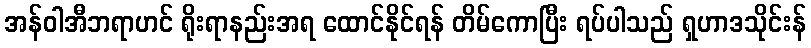
အန်ဝါအီဘရာဟင် ရိုးရာနည်းအရ ထောင်နိုင်ရန် တိမ်ကောပြီး ရပ်ပါသည် ရှဟာဒသိုင်းန်